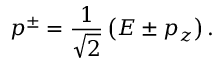
p ^ { \pm } = { \frac { 1 } { \sqrt { 2 } } } \left( E \pm p _ { z } \right) .